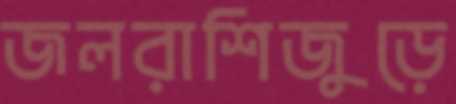
জলরাশিজুড়ে